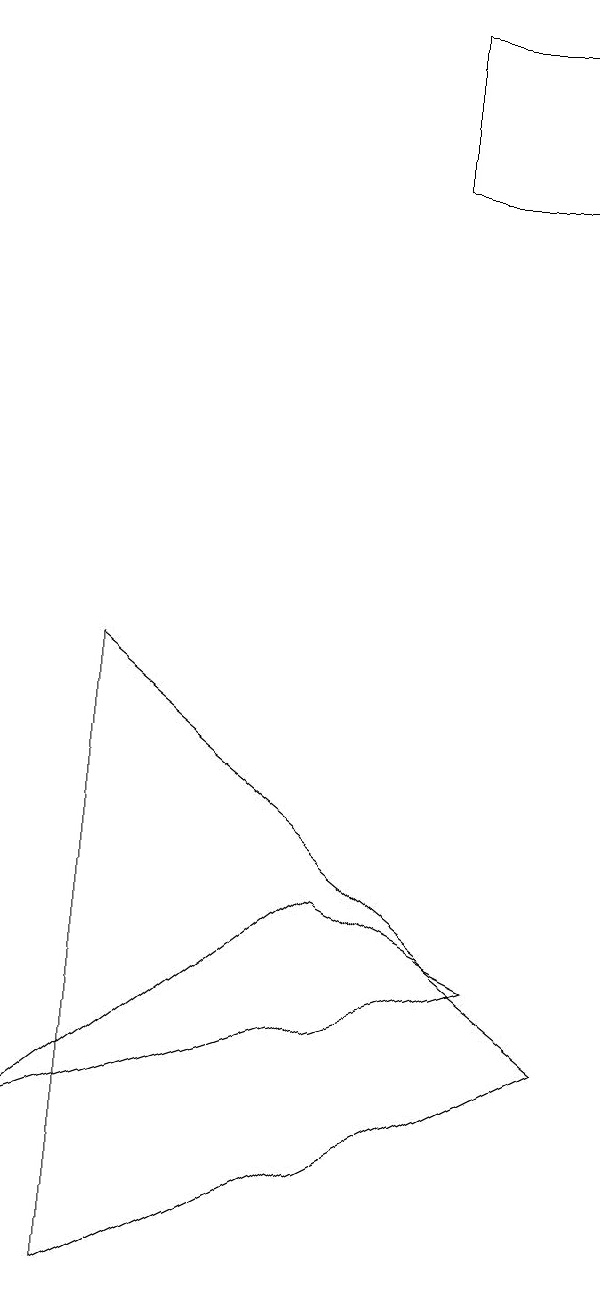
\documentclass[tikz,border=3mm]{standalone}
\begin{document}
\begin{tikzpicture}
\draw (9,17) rectangle (7,15);
\draw (3,9) -- (3,1) -- (9,4) -- cycle;
\draw (8,5) -- (2,3) -- (6,6) -- cycle;
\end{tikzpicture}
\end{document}